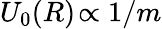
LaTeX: U_{0}(R)\! \propto 1/m